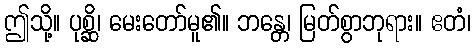
ဤသို့။ ပုစ္ဆိ၊ မေးတော်မူ၏။ ဘန္တေ၊ မြတ်စွာဘုရား။ ဧတံ၊